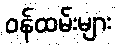
ဝန်ထမ်းများ